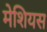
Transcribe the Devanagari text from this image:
मेशियस